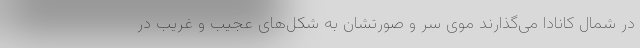
در شمال کانادا می‌گذارند موی سر و صورتشان به شکل‌های عجیب و غریب در